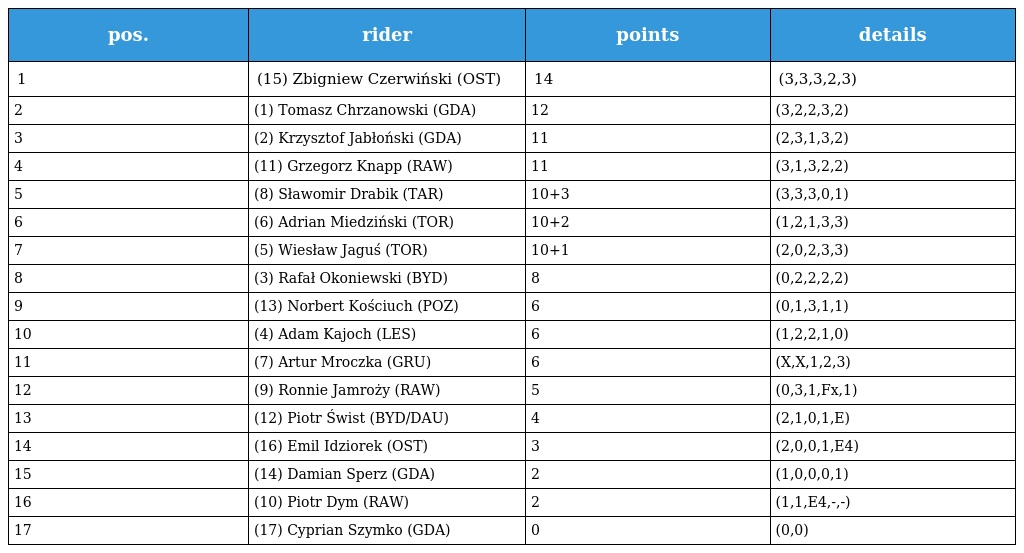
| pos. | rider | points | details |
 | --- | --- | --- | --- |
 | 1 | (15) Zbigniew Czerwiński (OST) | 14 | (3,3,3,2,3) |
 | 2 | (1) Tomasz Chrzanowski (GDA) | 12 | (3,2,2,3,2) |
 | 3 | (2) Krzysztof Jabłoński (GDA) | 11 | (2,3,1,3,2) |
 | 4 | (11) Grzegorz Knapp (RAW) | 11 | (3,1,3,2,2) |
 | 5 | (8) Sławomir Drabik (TAR) | 10+3 | (3,3,3,0,1) |
 | 6 | (6) Adrian Miedziński (TOR) | 10+2 | (1,2,1,3,3) |
 | 7 | (5) Wiesław Jaguś (TOR) | 10+1 | (2,0,2,3,3) |
 | 8 | (3) Rafał Okoniewski (BYD) | 8 | (0,2,2,2,2) |
 | 9 | (13) Norbert Kościuch (POZ) | 6 | (0,1,3,1,1) |
 | 10 | (4) Adam Kajoch (LES) | 6 | (1,2,2,1,0) |
 | 11 | (7) Artur Mroczka (GRU) | 6 | (X,X,1,2,3) |
 | 12 | (9) Ronnie Jamroży (RAW) | 5 | (0,3,1,Fx,1) |
 | 13 | (12) Piotr Świst (BYD/DAU) | 4 | (2,1,0,1,E) |
 | 14 | (16) Emil Idziorek (OST) | 3 | (2,0,0,1,E4) |
 | 15 | (14) Damian Sperz (GDA) | 2 | (1,0,0,0,1) |
 | 16 | (10) Piotr Dym (RAW) | 2 | (1,1,E4,-,-) |
 | 17 | (17) Cyprian Szymko (GDA) | 0 | (0,0) |